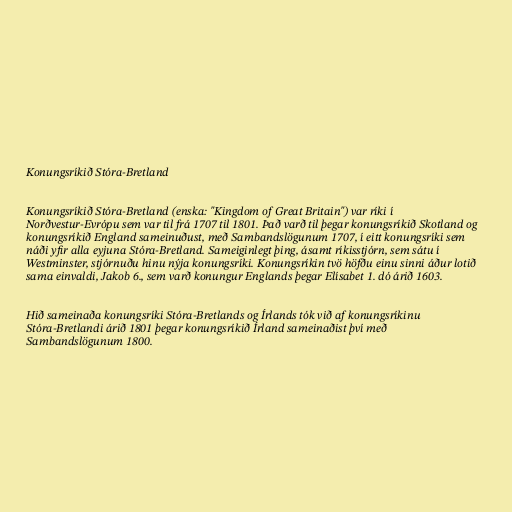
Konungsríkið Stóra-Bretland

Konungsríkið Stóra-Bretland (enska: "Kingdom of Great Britain") var ríki í
Norðvestur-Evrópu sem var til frá 1707 til 1801. Það varð til þegar konungsríkið Skotland og
konungsríkið England sameinuðust, með Sambandslögunum 1707, í eitt konungsríki sem
náði yfir alla eyjuna Stóra-Bretland. Sameiginlegt þing, ásamt ríkisstjórn, sem sátu í
Westminster, stjórnuðu hinu nýja konungsríki. Konungsríkin tvö höfðu einu sinni áður lotið
sama einvaldi, Jakob 6., sem varð konungur Englands þegar Elísabet 1. dó árið 1603.

Hið sameinaða konungsríki Stóra-Bretlands og Írlands tók við af konungsríkinu
Stóra-Bretlandi árið 1801 þegar konungsríkið Írland sameinaðist því með
Sambandslögunum 1800.